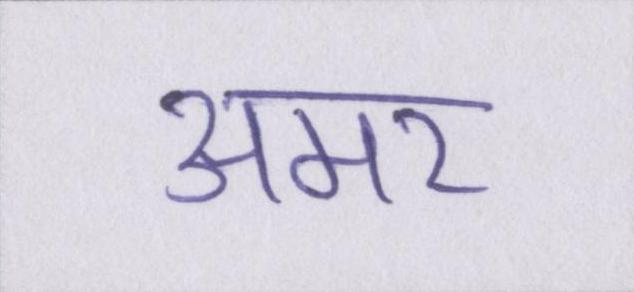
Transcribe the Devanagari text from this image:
अमर